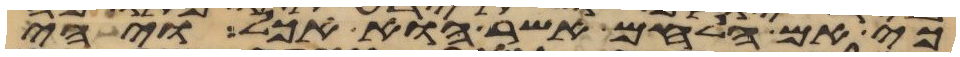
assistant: כי אם הלחם אשר הוא אכל ויהי